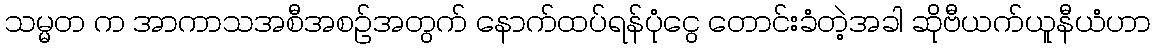
သမ္မတ က အာကာသအစီအစဉ်အတွက် နောက်ထပ်ရန်ပုံငွေ တောင်းခံတဲ့အခါ ဆိုဗီယက်ယူနီယံဟာ